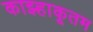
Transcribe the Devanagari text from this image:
काझ्हाकूतम